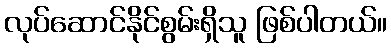
လုပ်ဆောင်နိုင်စွမ်းရှိသူ ဖြစ်ပါတယ်။